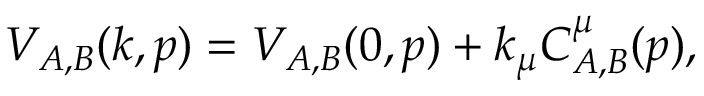
V _ { A , B } ( k , p ) = V _ { A , B } ( 0 , p ) + k _ { \mu } C _ { A , B } ^ { \mu } ( p ) ,